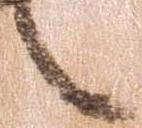
之